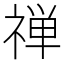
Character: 禅